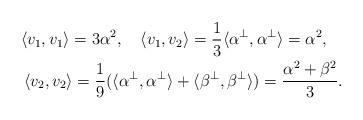
LaTeX: \begin{align*}\langle v_1,v_1\rangle=3\alpha^2,\quad\langle v_1,v_2\rangle=\frac{1}{3}\langle\alpha^\perp,\alpha^\perp\rangle=\alpha^2,\quad\\\langle v_2,v_2\rangle=\frac{1}{9}(\langle\alpha^\perp,\alpha^\perp\rangle+\langle\beta^\perp,\beta^\perp\rangle)=\frac{\alpha^2+\beta^2}{3}.\end{align*}